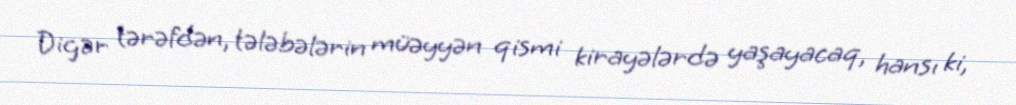
Digər tərəfdən, tələbələrin müəyyən qismi kirayələrdə yaşayacaq, hansı ki,